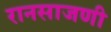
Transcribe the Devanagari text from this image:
रानसाजणी